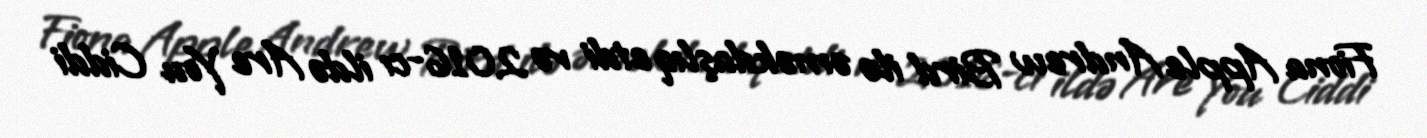
Fiona Apple Andrew Bird ilə əməkdaşlıq etdi və 2016-cı ildə Are You Ciddi